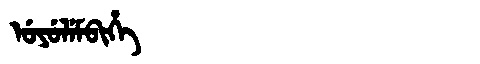
Manchu: ᡠᠶᡠᠯᡝᠮᠪᡳᡥᡝ
Romanization: UYULEMBIHE